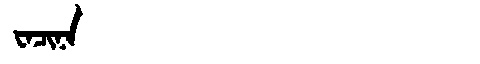
Manchu: ᠸᠠᠴᡳᠨᠠ
Romanization: WACINA